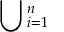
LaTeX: \bigcup { } _ { i = 1 } ^ { n }